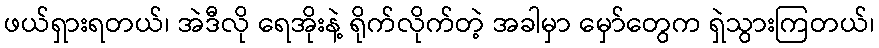
ဖယ်ရှားရတယ်၊ အဲဒီလို ရေအိုးနဲ့ ရိုက်လိုက်တဲ့ အခါမှာ မှော်တွေက ရှဲသွားကြတယ်၊